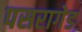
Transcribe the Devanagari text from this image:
पसरागेड